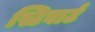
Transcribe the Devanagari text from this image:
स्टिवार्ट